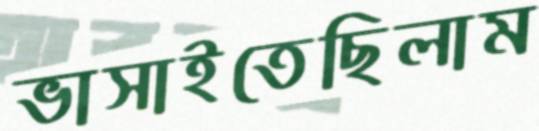
ভাসাইতেছিলাম